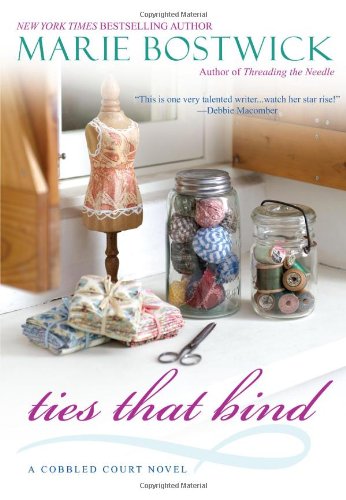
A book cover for Ties That Bind (Cobbled Court Quilts); Marie Bostwick; Literature & Fiction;